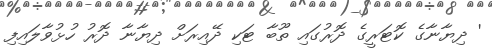
' ދިޔާނާގެ ކޮޓަރީގެ ދޮރުގައި ތޫބާ ޓަކި ދޭއިރަށް ދިޔާނާ ދޮރު ހުޅުވާލައިފި